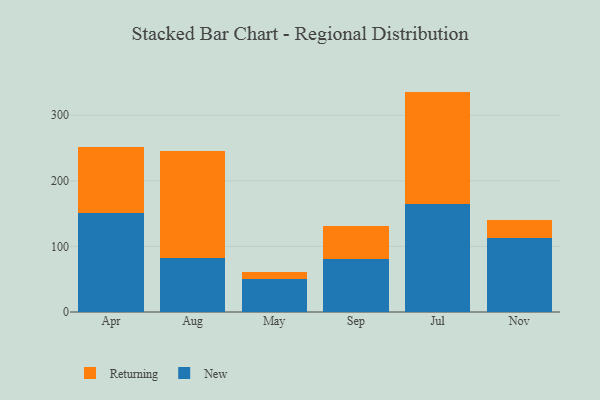
{"axis": {"x": "Month", "y": "Active Users"}, "legend": ["New", "Returning"], "data": [{"x": "Apr", "y": 150.6, "type": "New"}, {"x": "Apr", "y": 101.4, "type": "Returning"}, {"x": "Aug", "y": 81.8, "type": "New"}, {"x": "Aug", "y": 163.9, "type": "Returning"}, {"x": "May", "y": 49.6, "type": "New"}, {"x": "May", "y": 11.0, "type": "Returning"}, {"x": "Sep", "y": 81.5, "type": "New"}, {"x": "Sep", "y": 49.3, "type": "Returning"}, {"x": "Jul", "y": 164.9, "type": "New"}, {"x": "Jul", "y": 171.2, "type": "Returning"}, {"x": "Nov", "y": 112.3, "type": "New"}, {"x": "Nov", "y": 28.2, "type": "Returning"}]}